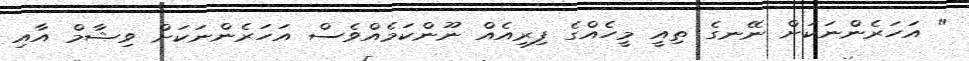
" އަހަރެންނަކަށް ނޭނގެ ތިއީ މީހެއްގެ ފިރިއެއް ނޫންކަމެއްވެސް އަހަރެންނަކަށް ވިޝާމް އާއި